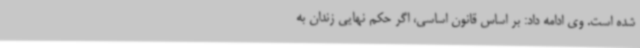
شده است. وی ادامه داد: بر اساس قانون اساسی، اگر حکم نهایی زندان به